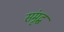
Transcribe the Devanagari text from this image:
संमृद्ध